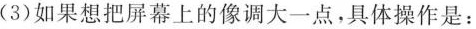
(3)如果想把屏幕上的像调大一点，具体操作是：